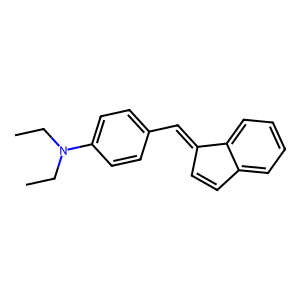
SMILES: CCN(CC)c1ccc(C=C2C=Cc3ccccc32)cc1
Inhibits HIV replication: No